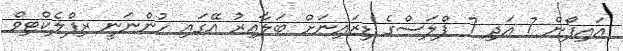
އައިފޯން 7 އަދި 7 ޕްލަސްގެ ޑިޒައިނަށް ބަލާއިރު އޭގައި ހުންނަނީ ރިފްލެކްޓިވް